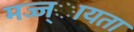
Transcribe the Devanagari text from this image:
मज्ज्ायता